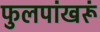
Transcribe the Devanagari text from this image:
फुलपांखरूं